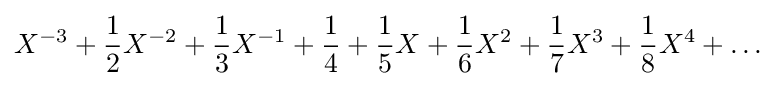
X^{-3}+{\frac {1}{2}}X^{-2}+{\frac {1}{3}}X^{-1}+{\frac {1}{4}}+{\frac {1}{5}}X+{\frac {1}{6}}X^{2}+{\frac {1}{7}}X^{3}+{\frac {1}{8}}X^{4}+\dots